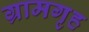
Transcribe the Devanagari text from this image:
ग्रामगृह